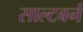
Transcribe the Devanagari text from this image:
साल्टबर्न